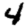
Digit: 4